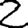
Digit: 2